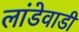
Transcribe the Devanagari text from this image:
लांडेवाडी